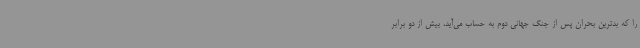
را که بدترین بحران پس از جنگ جهانی دوم به حساب می‌آید، بیش از دو برابر